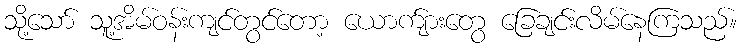
သို့သော် သူ့အိမ်ဝန်းကျင်တွင်တော့ ယောက်ျားတွေ ခြေချင်းလိမ်နေကြသည်။